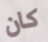
كان